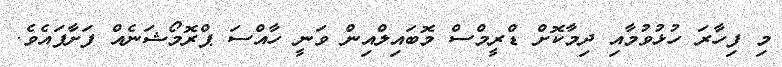
މި ފިހާރަ ހުޅުވުމާއި ދިމާކޮށް ޑްރީމްސް މޮބައިލްއިން ވަނީ ހާއްސަ ޕްރޮމޯޝަނެއް ފަށާފައެވެ.